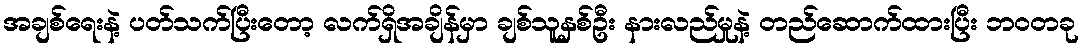
အချစ်ရေးနဲ့ ပတ်သက်ပြီးတော့ လက်ရှိအချိန်မှာ ချစ်သူနှစ်ဦး နားလည်မှုနဲ့ တည်ဆောက်ထားပြီး ဘဝတခု